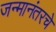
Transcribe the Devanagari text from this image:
जन्मानंतरचे